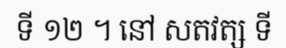
ទី ១២ ។ នៅ សតវត្ស ទី